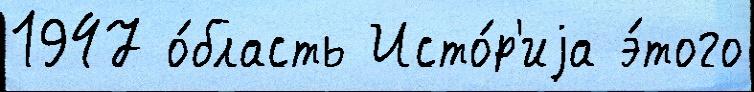
1947 о́бласть Исто́р'иjа э́того